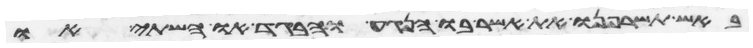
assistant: באש תשרפנו את אשר בו הנגע והבגד או השתי או